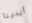
أيدينا